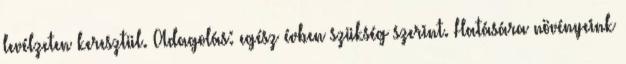
levélzeten keresztül. Adagolás: egész évben szükség szerint. Hatására növényeink